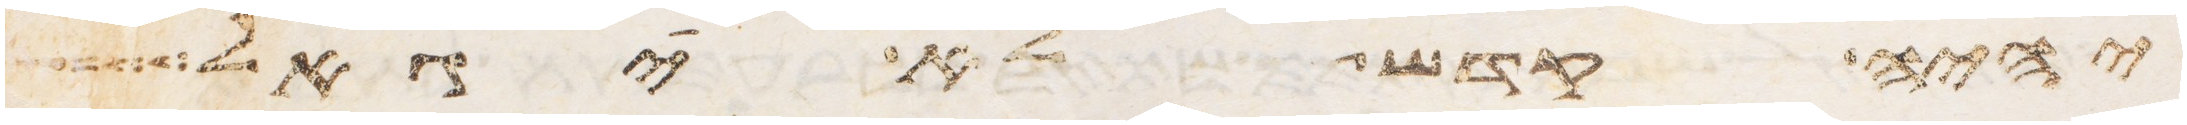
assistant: יהיה קדש לא יגאל